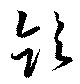
飮